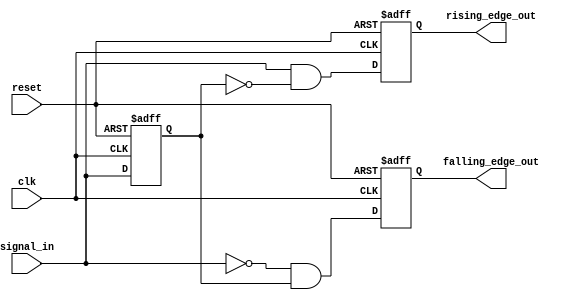
module pulse_edge_detector (
    input wire clk,                // Clock signal
    input wire reset,              // Asynchronous reset signal
    input wire signal_in,          // Input signal to detect edges
    output reg rising_edge_out,    // Output pulse for rising edge
    output reg falling_edge_out     // Output pulse for falling edge
);

    reg signal_in_prev;            // Previous state of the input signal

    // Asynchronous reset and edge detection logic
    always @(posedge clk or posedge reset) begin
        if (reset) begin
            signal_in_prev <= 1'b0; // Initialize previous state to low on reset
            rising_edge_out <= 1'b0; // Initialize output to low
            falling_edge_out <= 1'b0; // Initialize output to low
        end else begin
            // Edge detection logic
            rising_edge_out <= (signal_in & ~signal_in_prev); // Rising edge detected
            falling_edge_out <= (~signal_in & signal_in_prev); // Falling edge detected

            // Update previous state
            signal_in_prev <= signal_in;
        end
    end

endmodule